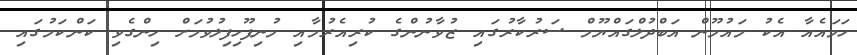
ހަމައެއާ އެކު މައުމޫން އަބްދުލްގައްޔޫމް ސަރުކާރުގައި ޒުވާނުންގެ ކުރިއެރުމާއި މުނިފޫހިފިލުވުމަށް ހިންގެވި ކަންކަމުގައި